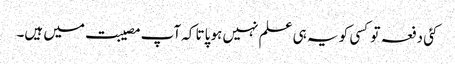
کئی دفعہ تو کسی کو یہ ہی علم نہیں ہو پاتا کہ آپ مصیبت میں ہیں۔